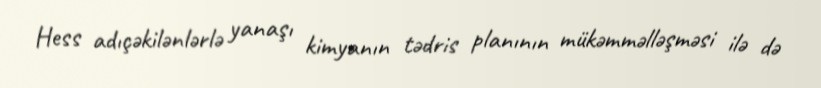
Hess adıçəkilənlərlə yanaşı kimyanın tədris planının mükəmməlləşməsi ilə də